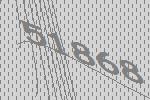
51868